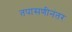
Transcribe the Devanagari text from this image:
तपासणीनंतर